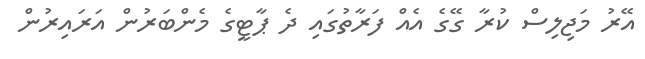
އޭރު މަޖިލިސް ކުރާ ގޭގެ އެއް ފަރާތުގައި ދެ ޕާޓީގެ މެންބަރުން އަރައިރުން